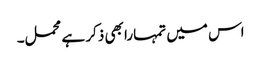
اس میں تمہارا بھی ذکر ہے محمل۔